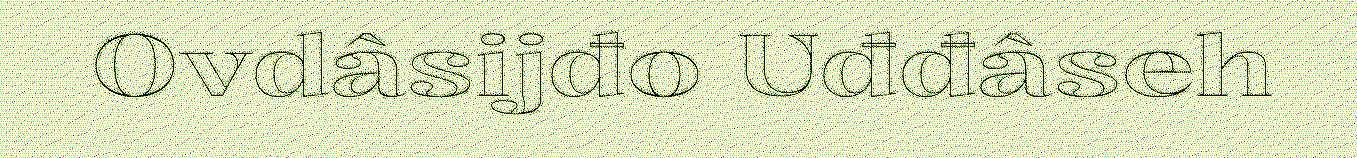
Ovdâsijđo Uđđâseh